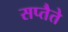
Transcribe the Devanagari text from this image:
सप्तैते